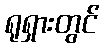
ရုရှားတွင်